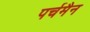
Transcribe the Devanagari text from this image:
पर्चमैन